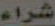
شراء